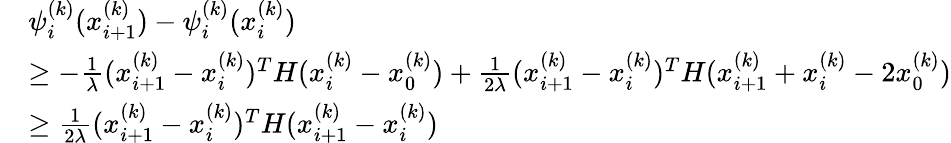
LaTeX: \begin{array}{rl}&{\psi_{i}^{(k)}(x_{i+1}^{(k)})-\psi_{i}^{(k)}(x_{i}^{(k)})}\\ &{\geq-\frac{1}{\lambda}(x_{i+1}^{(k)}-x_{i}^{(k)})^{T}H(x_{i}^{(k)}-x_{0}^{(k)})+\frac{1}{2\lambda}(x_{i+1}^{(k)}-x_{i}^{(k)})^{T}H(x_{i+1}^{(k)}+x_{i}^{(k)}-2x_{0}^{(k)})}\\ &{\geq\frac{1}{2\lambda}(x_{i+1}^{(k)}-x_{i}^{(k)})^{T}H(x_{i+1}^{(k)}-x_{i}^{(k)})}\end{array}